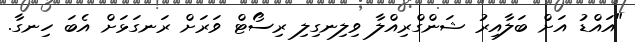
"އައްޑު އަށް ބަލާއިރު ޝަންގްރިއްލާ ވިލިނގިލި ރިސޯޓް ވަރަށް ރަނގަޅަށް އެބަ ހިނގާ.